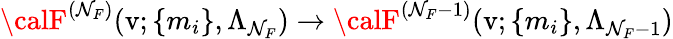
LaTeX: {\calF}^{(\mathcal{N}_{F})}(\mathrm{{v}};\{ m_{i}\} ,\Lambda_{\mathcal{N}_{F}})\rightarrow{\calF}^{(\mathcal{N}_{F}-1)}(\mathrm{{v}};\{ m_{i}\} ,\Lambda_{\mathcal{N}_{F}-1})